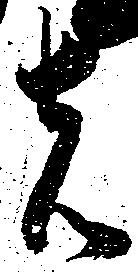
者